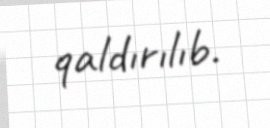
qaldırılıb.